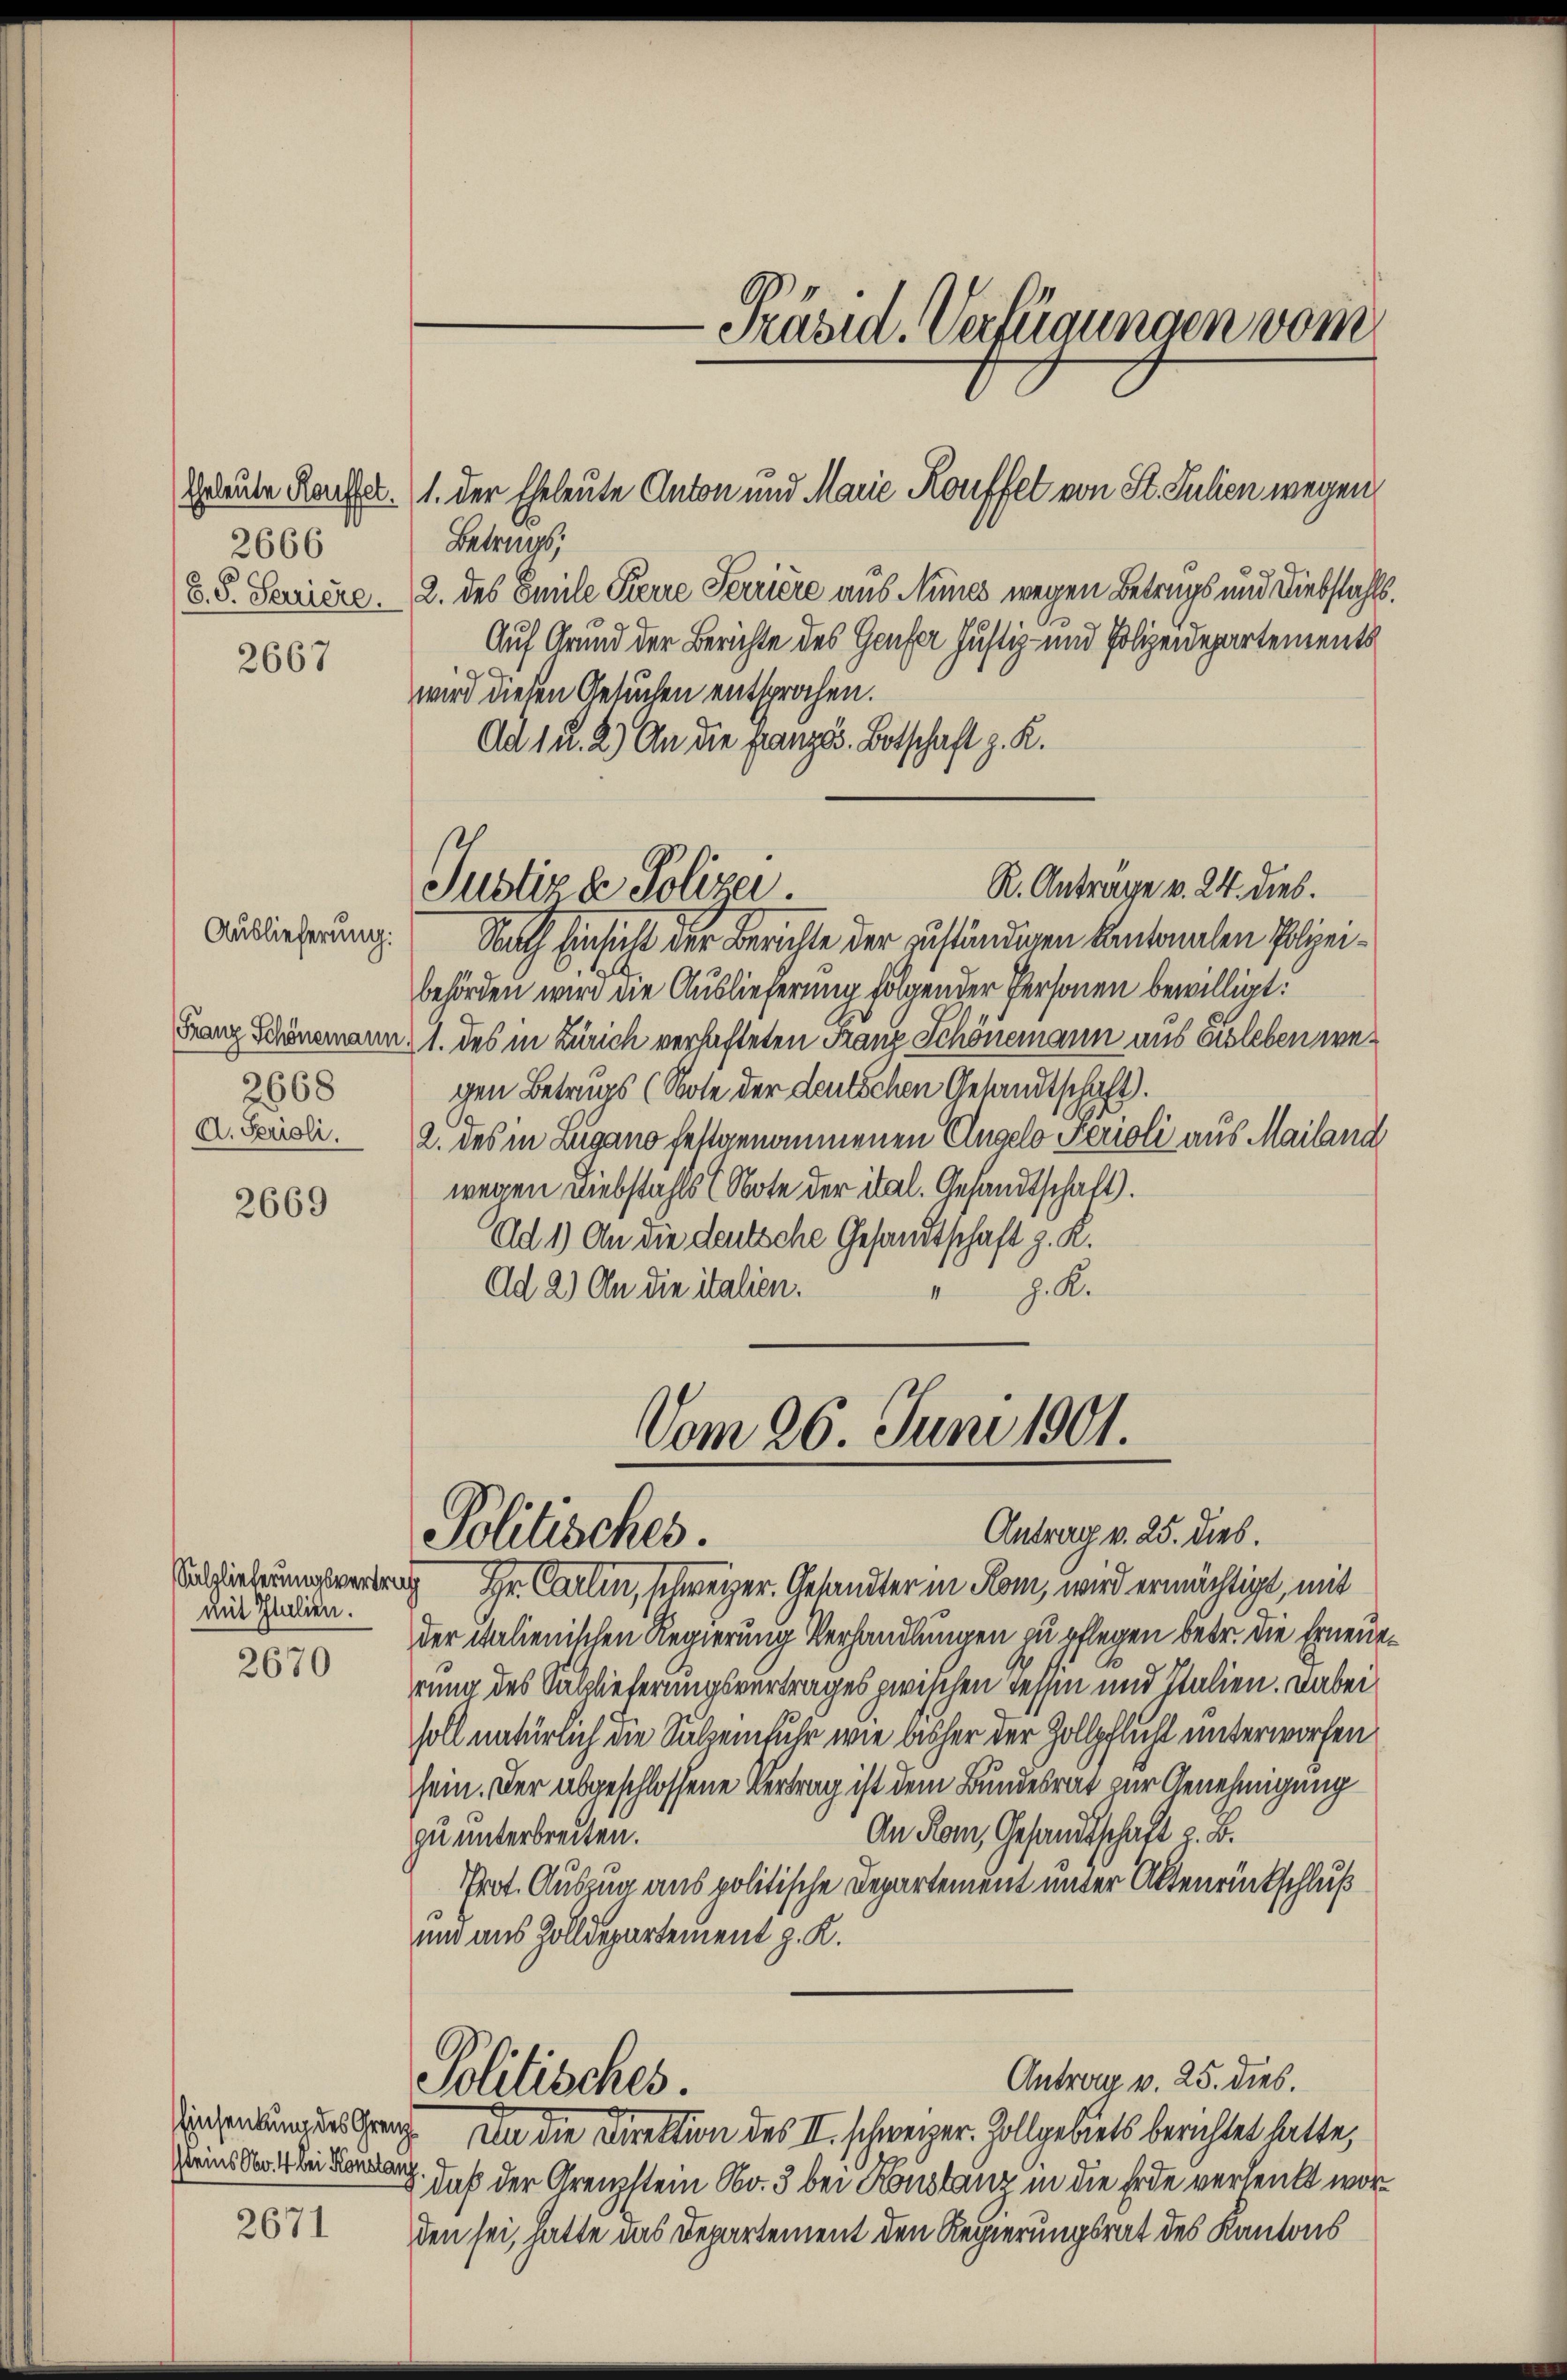
Eheleute Kauffet.
2666
8. 8. Seriere.

2667

Auslieferung:
Franz Schönemann
2668
A. Perioli.

2669

Salzlieferungsvertrag
mit Italien.

2670

2671

Betrags;
2. des Emile Pierre Terriere aus Nimes wegen Betrags und Diebstahls.
Auf Grund der Berichte des Genfer Justiz- und Polizeidepartements
wird diesen Gesuchen entsprochen.
Ad 1 u. 2) An die Französ. Botschaft z. R.
Rath Einsicht der Berichte der zuständigen Antonalen Polizeibehörden wird die Auslieferung folgender Personen bewilligt:
1. des in Zürich verhafteten Franz Schönemann aus ausleben wegen Betrugs (Note der deutschen Gesandtschaft.
2. des in Zugano festgenommenen Angelo Perioli aus Mailand
wegen Diebstahls (Note der ital. Gesandtschaft).
Ad 1) An die deutsche Gesandtschaft z. K.
J. K.
Ad 2.) An die italien.

Präsid. Verfügungen vom
1. Der Eheleute Anton und Marie Kouffet von St. Julien wegen

R. Anträge v. 24. dies.
Justiz & Polizei.

Vom 26. Juni 1901.
Antrag v. 25. dies.
Politisches.

Hr. Carlin, schweizer. Gesandter in Rom, wird ermächtigt, mit
der italienischen Regierung Verhandlungen zu pflegen betr. die Erneurung des Salzlieferungsvertrages zwischen Tessin und Italien. Dabei
soll natürlich die Sulzenfuhr wie bisher der Zollpflicht unterworfen
sein. Der abgeschlossene Vertrag ist dem Bundesrat zur Genehmigung
An Rom, Gesandtschaft z. B.
zu unterbreiten.
Prot. Auszug aus politische Departement unter Altenrückschluß
und aus Zolldepartement z. K.
Antrag v. 25. dies.
Politisches.
insendung des Graz, an die Direktion des II. schweizer. Zollgebiets berichtet hatte,
reins No 11 bei der daß der Grenzstein Nr. 3 bei Konstanz in die Erde verlenkt worden sei, hatte das Departement den Regierungsrat des Kantons